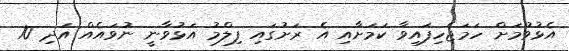
އެޅުވުމަށް ހަމަޖެހިފައިވާ ކަމަށާއި އެ ރަށުގައި ފިލްމު އަޅުވާނީ ނުވައެއް އަދި 10